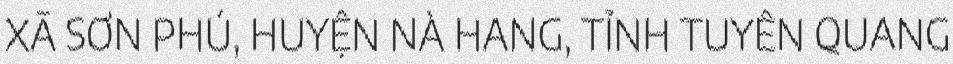
XÃ SƠN PHÚ, HUYỆN NÀ HANG, TỈNH TUYÊN QUANG